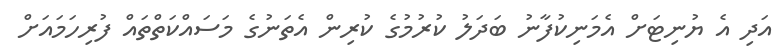
އަދި އެ ޔުނިޓަށް އެމަނިކުފާނު ބަދަލު ކުރުމުގެ ކުރިން އެތަނުގެ މަސައްކަތްތައް ފުރިހަމައަށް